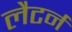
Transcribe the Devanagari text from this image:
लैटर्न